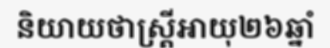
និយាយថាស្ត្រីអាយុ២៦ឆ្នាំ